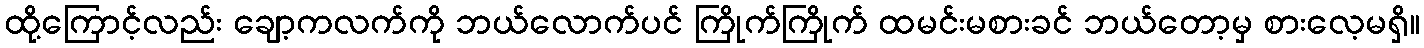
ထို့ကြောင့်လည်း ချော့ကလက်ကို ဘယ်လောက်ပင် ကြိုက်ကြိုက် ထမင်းမစားခင် ဘယ်တော့မှ စားလေ့မရှိ။